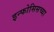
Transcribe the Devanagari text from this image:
इन्फोसिसच्या